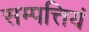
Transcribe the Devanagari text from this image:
सम्पत्तियं